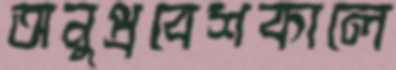
অনুপ্রবেশকালে